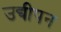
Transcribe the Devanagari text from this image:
उद्यीपन